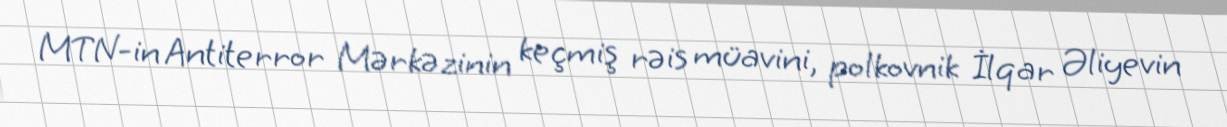
MTN-in Antiterror Mərkəzinin keçmiş rəis müavini, polkovnik İlqar Əliyevin